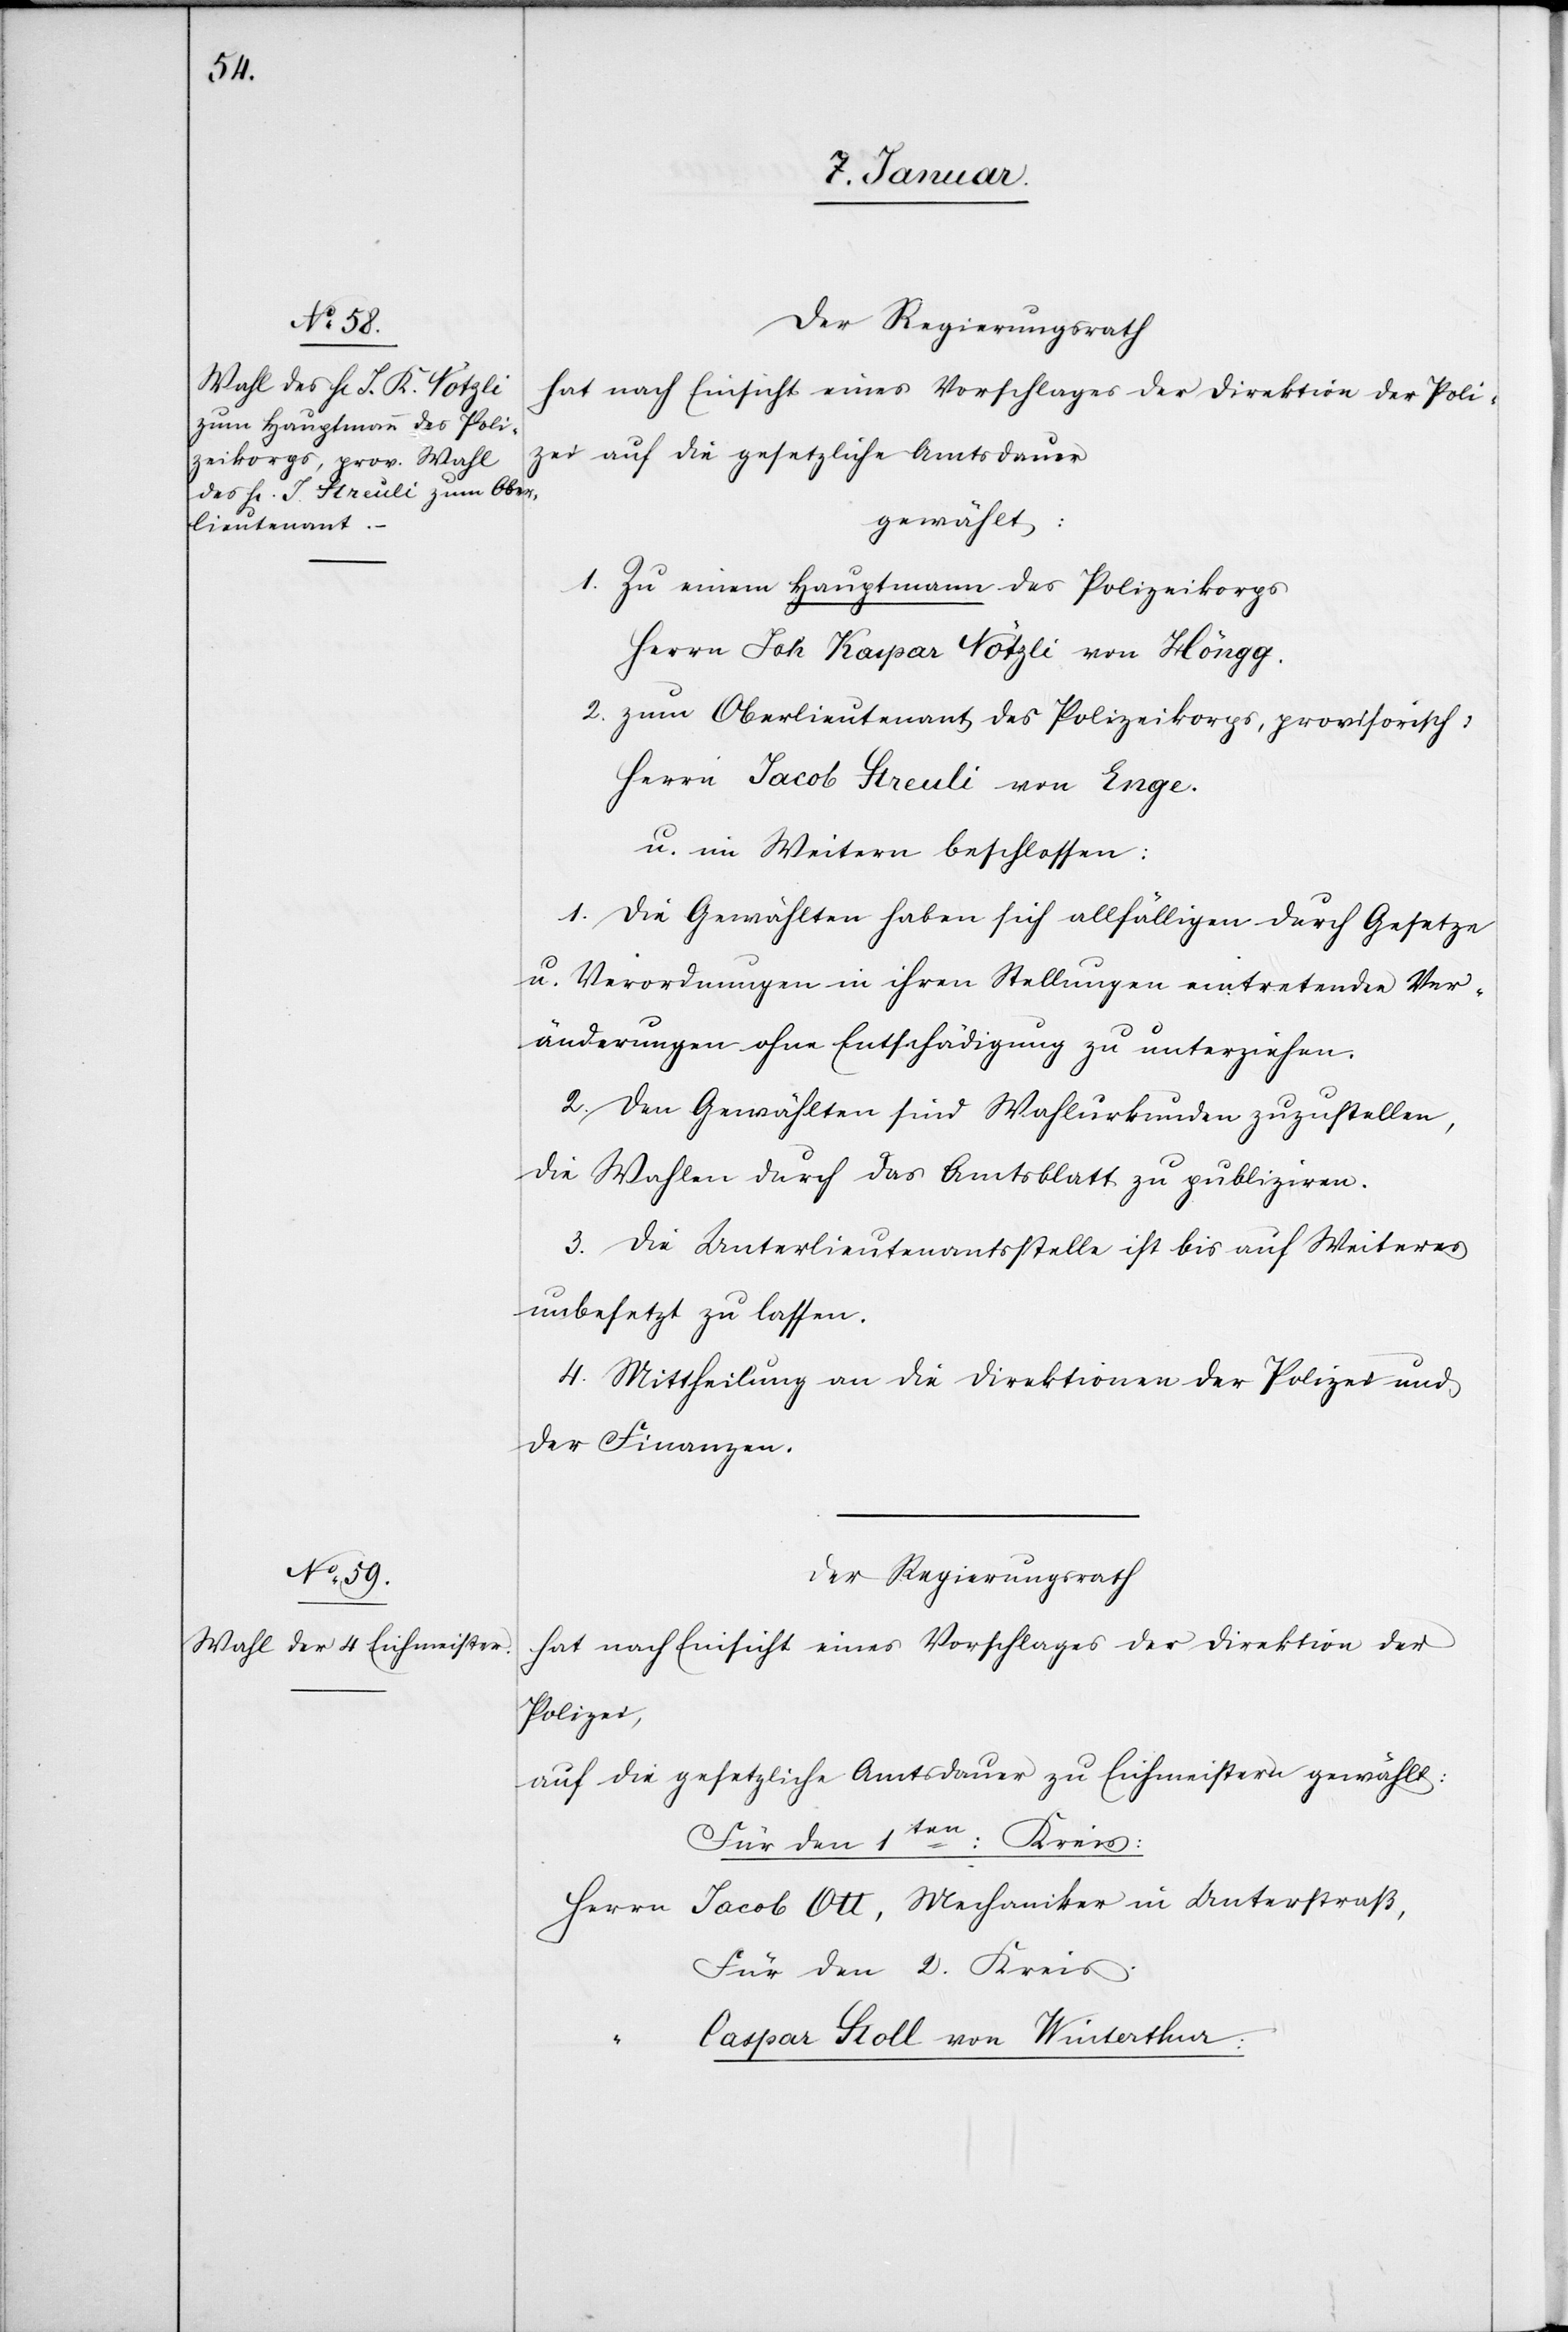
7. Januar.]
Der Regierungsrath
hat nach Einsicht eines Vorschlages der Direktion der Poli¬
zei auf die gesetzliche Amtsdauer
gewählt:
1. Zu einem Hauptmann des Polizeikorps
Herrn Joh. Kaspar Nötzli von Höngg.
2. zum Oberlieutenant des Polizeikorps, provisorisch:
Herrn Jacob Streuli von Enge.
u. im Weiteren beschlossen:
1. Die Gewählten haben sich allfälligen durch Gesetze
u. Verordnungen in ihren Stellungen eintretenden Ver¬
änderungen ohne Entschädigung zu unterziehen.
2. Den Gewählten sind Wahlurkunden zuzustellen,
die Wahlen durch das Amtsblatt zu publizieren.
3. Die Unterlieutenantsstelle ist bis auf Weiteres
unbesetzt zu lassen.
4. Mittheilung an die Direktionen der Polizei und
der Finanzen.
hat nach Einsicht eines Vorschlages der Direktion der
Polizei,
auf die gesetzliche Amtsdauer zu Eichmeistern gewählt:
Für den 1ten: Kreis:
Herrn Jacob Ott, Mechaniker in Unterstraß,
Für den 2. Kreis.
Caspar Stoll von Winterthur: